Report of the Indian Hemp Drugs Commission, 1894-1895 - Volume III
Year: 1894
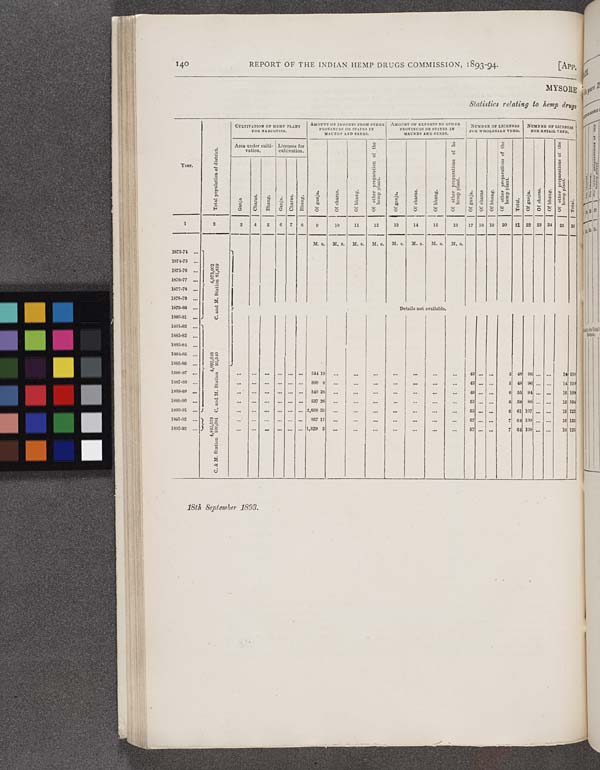
140
REPORT OF THE INDIAN HEMP DRUGS COMMISSION, 1893-94.
[APP.
MYSORE
Statistics relating to hemp drugs
CULTIVATION OF HEMP PLANT
FOR NARCOTICS.
AMOUNT OF IMPORTS FROM OTHER
PROVINCES OR STATES IN
MAUNDS AND SEERS.
AMOUNT OF EXPORTS TO OTHER
PROVINCES OR STATES IN
MAUNDS AND SEERS.
NUMBER OF LICENSES
FOR WHOLESALE VEND.
NUMBER OF LICENSES
FOR RETAIL VEND.
Year.
Total population of district.
Area under culti-
vation.
Licenses for
cultivation.
Of ganja. Of charas.
Of Bhang. Of other preparation of the
hemp plant. Of ganja.
Of charas.
Of bhang.
Of other preparation of he
hemp plant.
Of ganja. Of charas. Of bhang.
Of other preparation of the
hemp plant.
Total. Of ganja.
Of charas.
Of bhang.
Of other pre
the hemp pl
Total.
Year.
Total population of district.
Ganja.
Charas. Bhang.
Charas. Bhang. Of ganja. Of charas.
Of Bhang. Of other preparation of the
hemp plant. Of ganja.
Of charas.
Of bhang.
Of other preparation of he
hemp plant.
Of ganja. Of charas. Of bhang.
Of other preparation of the
hemp plant.
Total. Of ganja.
Of charas.
Of bhang.
Of other pre
the hemp pl
Total.
1
2
3
4
5
6
7 8
9
10
11
12
13
14
15
16
17 18 19 20
21 22 23 24 25 26
M S.
M. s.
M. s.
M. s.
M. s. M. s.
M. s.
M. s.
1873-74
1874-75
4,843,523
100,081
C. & M. Station C. and M. Station
4,092,648
93,540
4,973,602
81,810
C. and M. Station
1875-76
4,843,523
100,081
C. & M. Station C. and M. Station
4,092,648
93,540
4,973,602
81,810
C. and M. Station
1876-77
4,843,523
100,081
C. & M. Station C. and M. Station
4,092,648
93,540
4,973,602
81,810
C. and M. Station
1877-78
4,843,523
100,081
C. & M. Station C. and M. Station
4,092,648
93,540
4,973,602
81,810
C. and M. Station
1878-79
4,843,523
100,081
C. & M. Station C. and M. Station
4,092,648
93,540
4,973,602
81,810
C. and M. Station
1879-80
4,843,523
100,081
C. & M. Station C. and M. Station
4,092,648
93,540
4,973,602
81,810
C. and M. Station
Details not available.
1880-81
4,843,523
100,081
C. & M. Station C. and M. Station
4,092,648
93,540
4,973,602
81,810
C. and M. Station
1881-82
1882-83
1883-84
1884-85
1885-86
1886-87
544 19
43
5 48 96
14 110
1887-88
899 8
43
5 48 96
14 110
1888-89
549 26
49
6 55 94
15 109
1889-90
537 26
52
6 58 89
15 104
1890-91
2,608 35
55
6 61 107
15 122
1891-92
957 12
57
7 64 109
16 125
1892-93
1,829 3
57
7 64 109
16 125
18th September 1893.